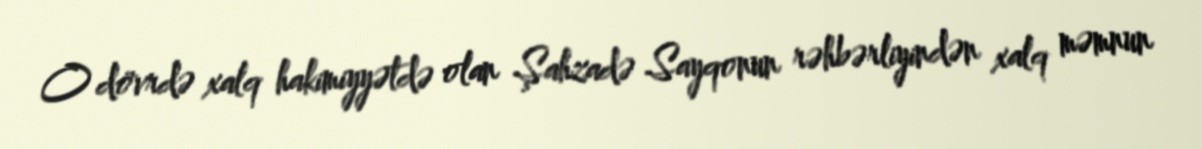
O dövrdə xalq hakimiyyətdə olan Şahzadə Sayqonun rəhbərliyindən xalq məmnun